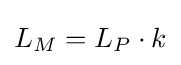
L_{M}=L_{P}\cdot {k}